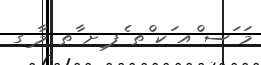
މަ ަސ ްއ ަކ ްތ ެފ ިށ ާތ މާ ިގ